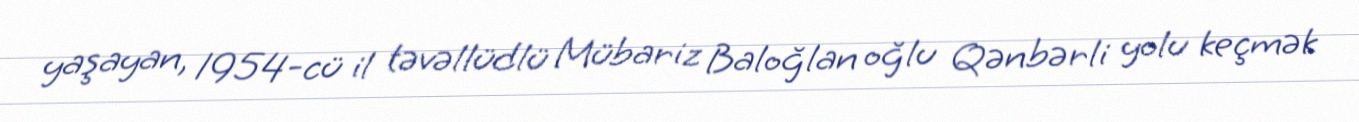
yaşayan, 1954-cü il təvəllüdlü Mübariz Baloğlan oğlu Qənbərli yolu keçmək